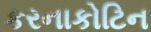
કરનાકોટિન